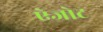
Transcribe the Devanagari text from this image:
ऐजोट